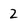
Character: 2